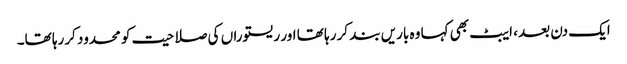
ایک دن بعد ، ایبٹ بھی کہا وہ باریں بند کر رہا تھا اور ریستوراں کی صلاحیت کو محدود کررہا تھا۔